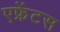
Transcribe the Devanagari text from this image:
एफ्रेंटस